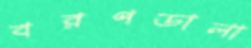
বরণডালা